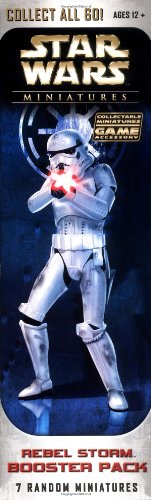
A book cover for Star Wars Rebel Storm Booster Pack (7 Random Miniatures); Wizards Team; Science Fiction & Fantasy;